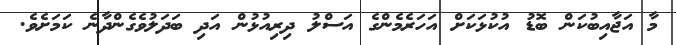
މާ އަޖާއިބުކަން ބޮޑު އުކުޅަކަށް އަހަރެމެންގެ އަސްލު ދިރިއުޅުން އަދި ބަދަލުވެގެންދާނެ ކަމަށެވެ.